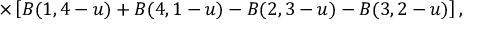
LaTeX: \times \left[ B ( 1 , 4 - u ) + B ( 4 , 1 - u ) - B ( 2 , 3 - u ) - B ( 3 , 2 - u ) \right] ,